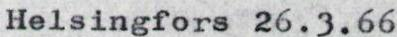
Helsingfors 26.3.66